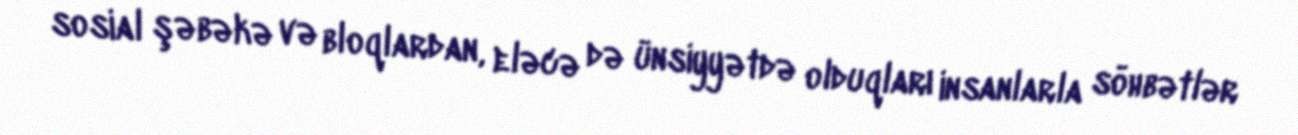
sosial şəbəkə və bloqlardan, eləcə də ünsiyyətdə olduqları insanlarla söhbətlər